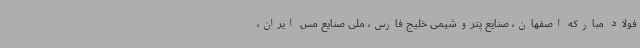
فولاد مبارکه اصفهان، صنایع پتروشیمی خلیج فارس، ملی صنایع مس ایران،